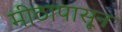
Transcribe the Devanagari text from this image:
मीठापासून